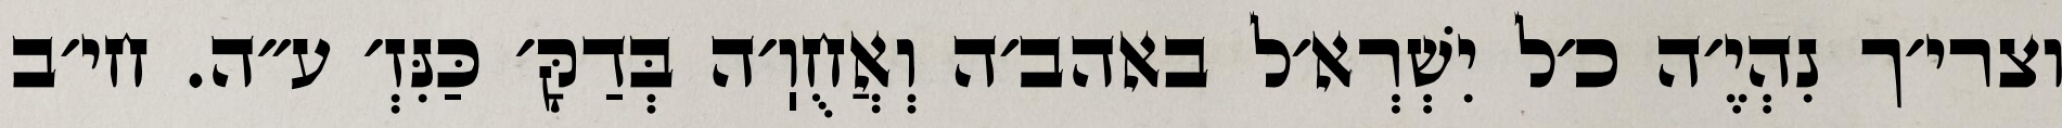
וצרי׳ך נִהְיֶ׳ה כ׳ל יִשְׁרְא׳ל באהב׳ה וְאֲחֻוֽ׳ה בְּדַקָּ׳ כַּנִּזְ׳ ע״ה. חי׳ב